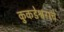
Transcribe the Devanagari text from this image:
कुकडेश्वराचे